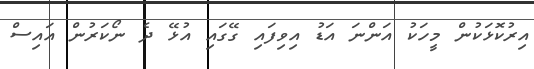
އިރުކޮޅަކުން މީހަކު އަންނަ އަޑު އިވިފައި ގޭގައި އުޅޭ ދެ ނޯކަރުން އައިސް